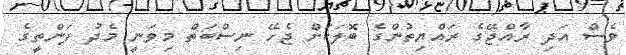
ވެސް އަދި ރާއްޖޭގެ ރައްޔިތުންގެ ބޮލަކަށް ޖެހޭ ނިސްބަތް މިވަނީ މެދު ފަންތީގެ